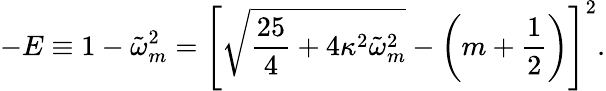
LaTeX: -E\equiv 1-\tilde{\omega}_{m}^{2}=\left[\sqrt{\frac{25}{4}+4\kappa^{2}\tilde{\omega}_{m}^{2}}-\left(m+\frac 12\right)\right]^{2}.